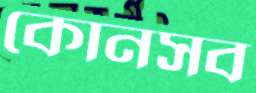
কোনসব